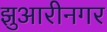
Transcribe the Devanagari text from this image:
झुआरीनगर